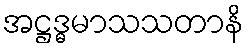
အဋ္ဌဒ္ဓမာသသတာနိ